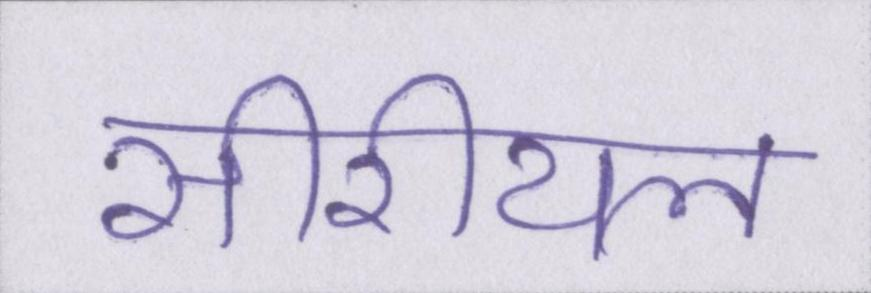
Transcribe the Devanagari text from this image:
सीरीयल